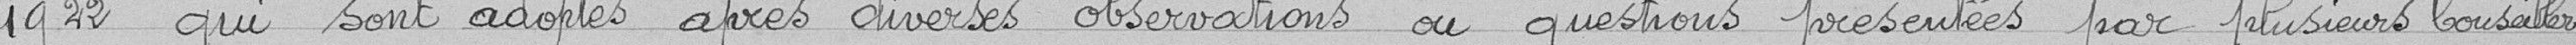
1922 qui sont adoptés après diverses observations ou questions présentées par plusieurs conseillers.